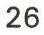
26